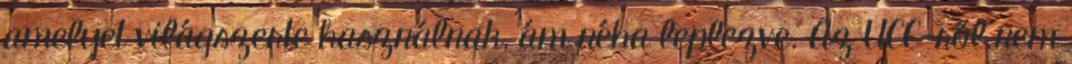
amelyet világszerte használnak, ám néha leplezve. Az UCC-ről nem